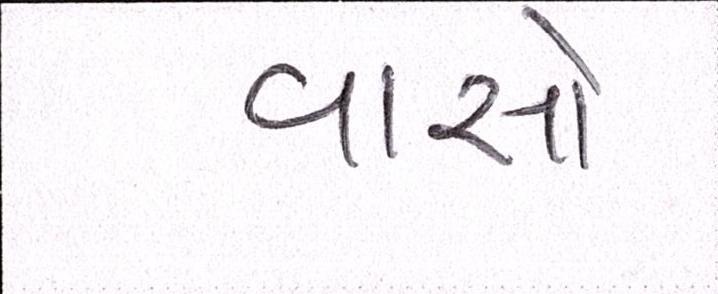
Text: વાસો